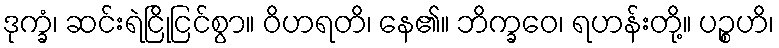
ဒုက္ခံ၊ ဆင်းရဲငြိုငြင်စွာ။ ဝိဟရတိ၊ နေ၏။ ဘိက္ခဝေ၊ ရဟန်းတို့။ ပဉ္စဟိ၊